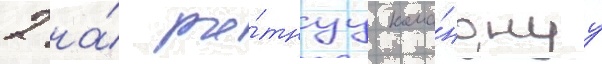
2 на́ ро́тнуу кома́нднуу